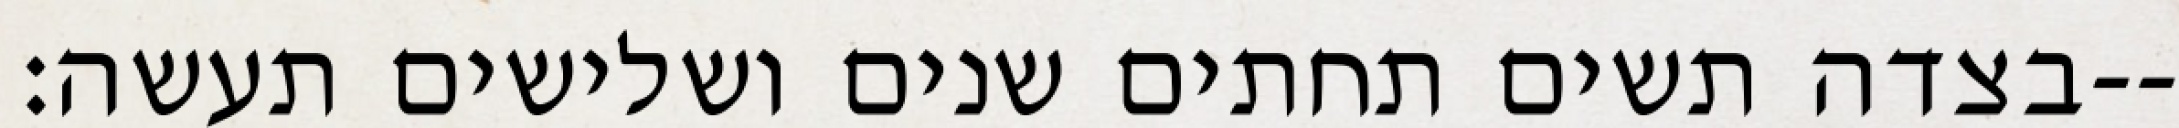
בצדה תשים תחתים שנים ושלישים תעשה׃--